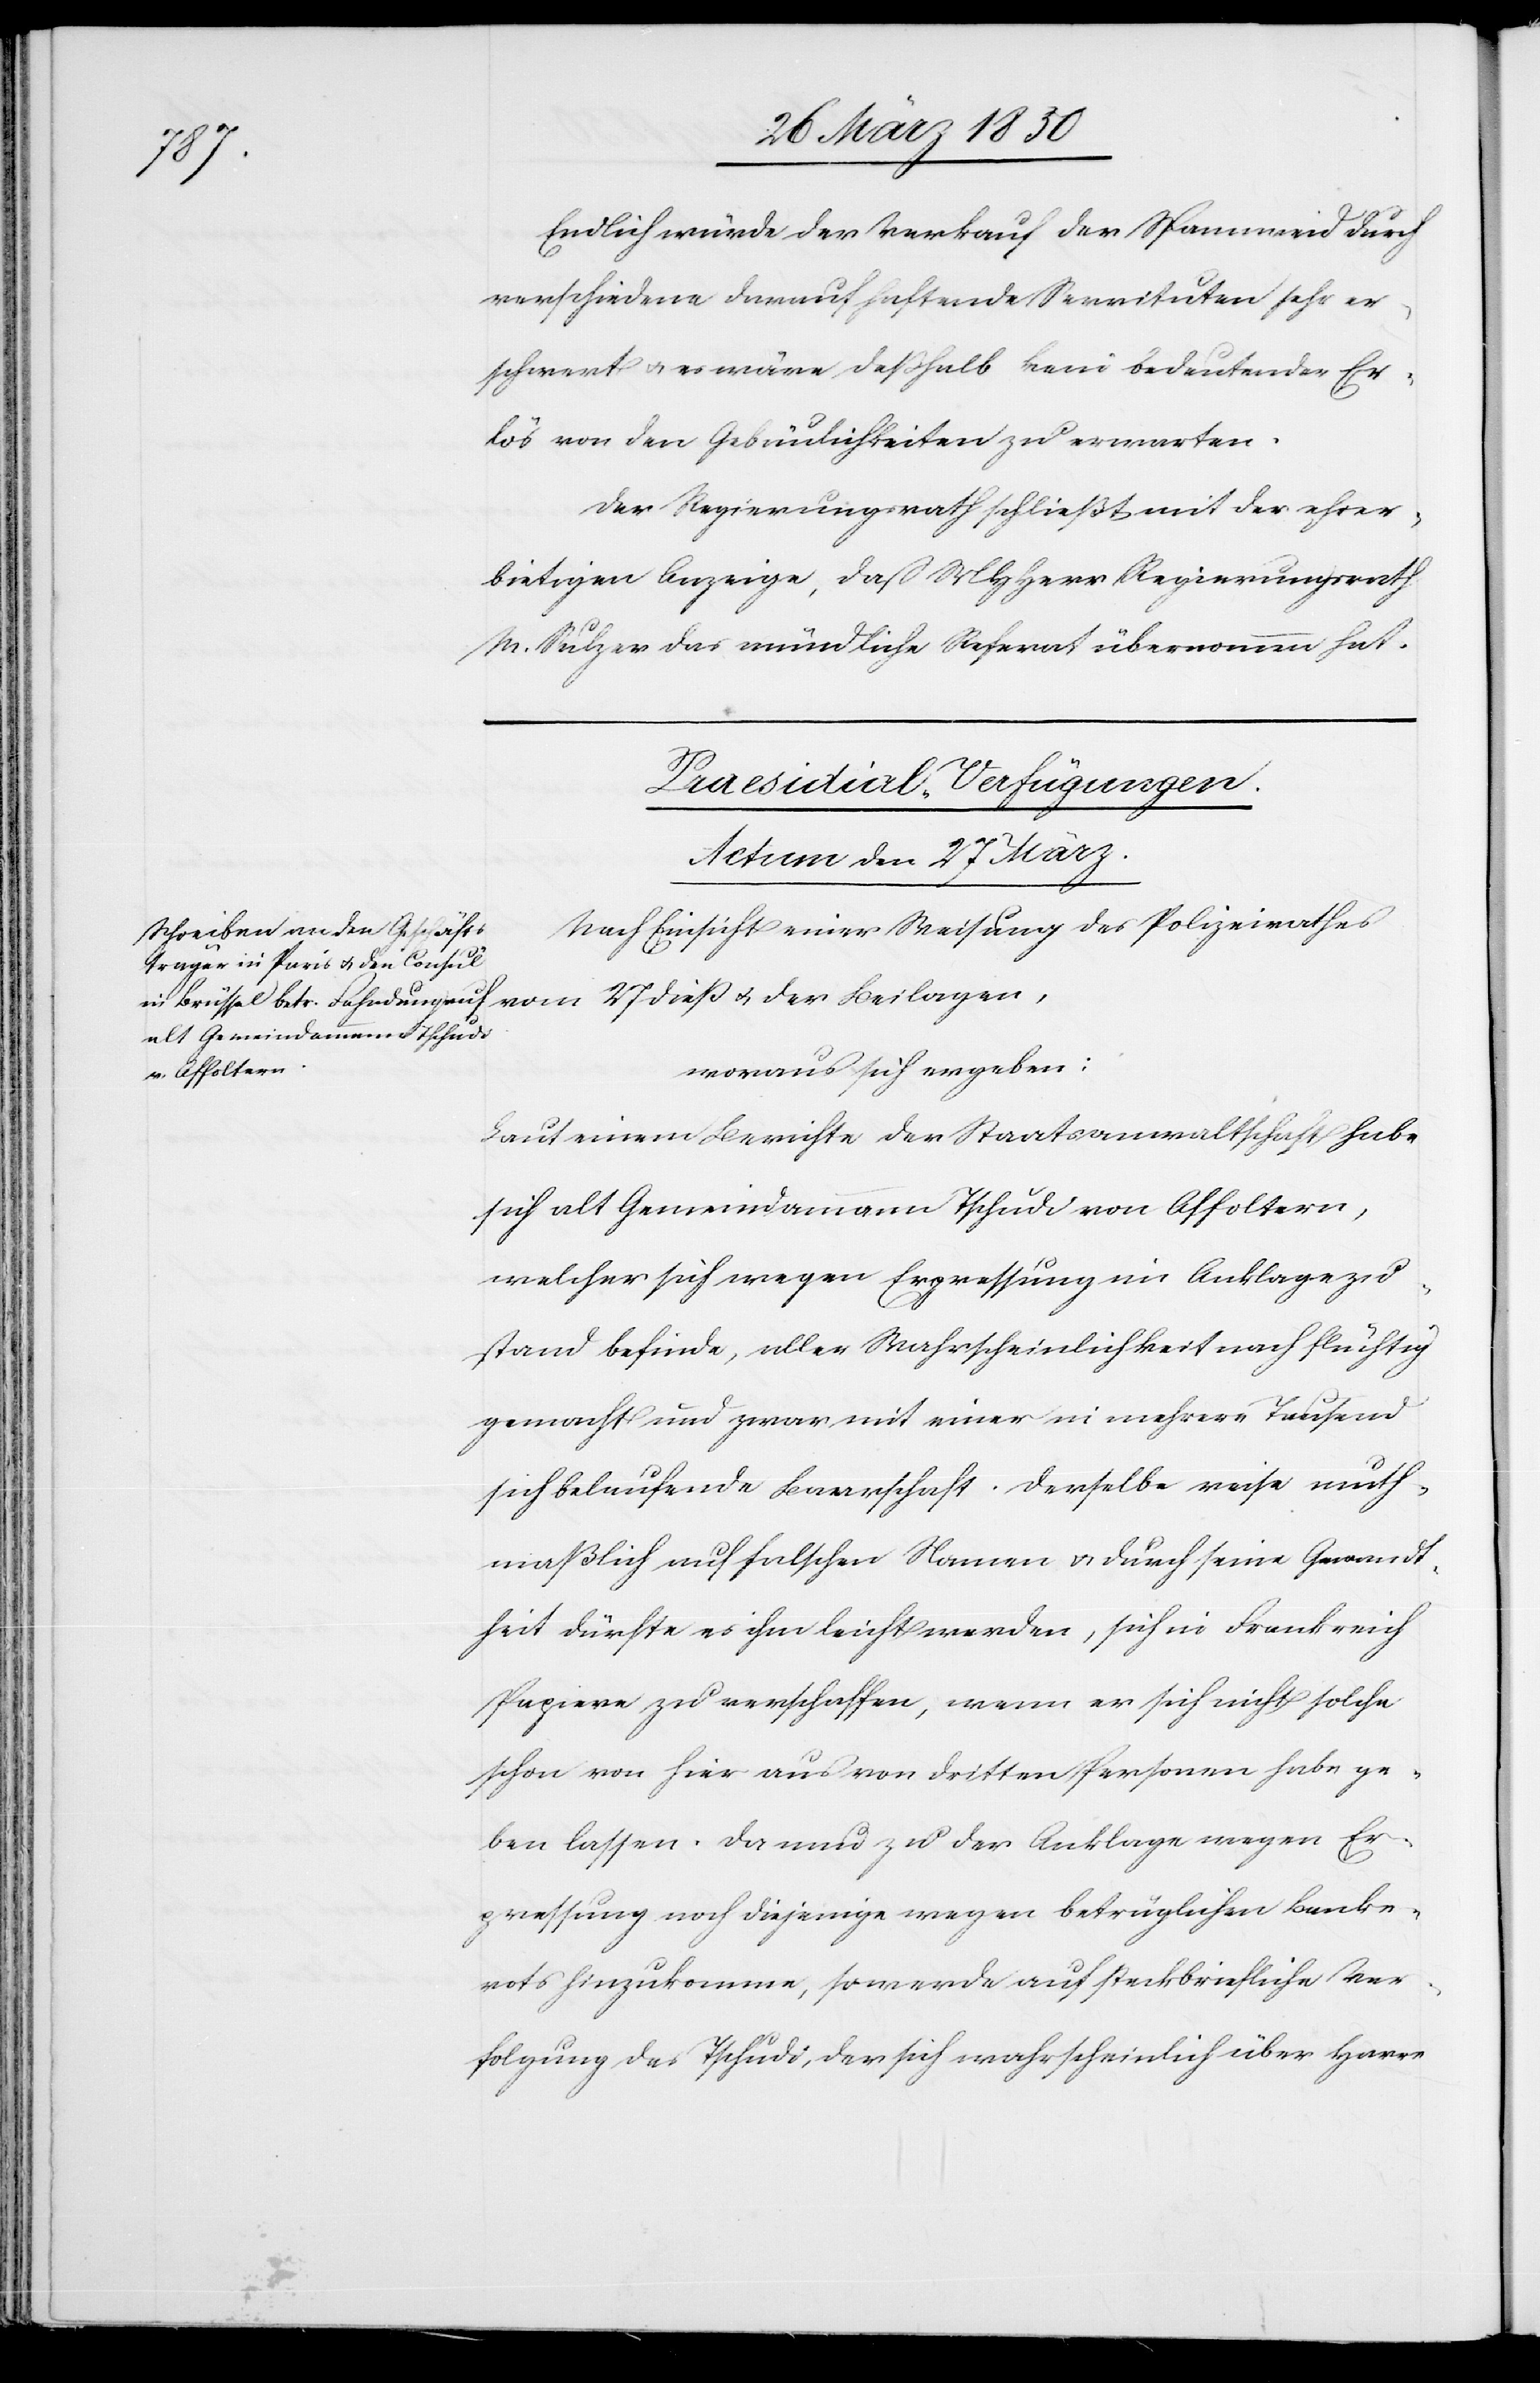
Endlich würde der Verkauf der Spannweid durch
verschiedene darauf haftende Servituten sehr er¬
schwert u. es wäre deßhalb kein bedeutender Er¬
lös von den Gebäulichkeiten zu erwarten.
Der Regierungsrath schließt mit der ehrer¬
bietigen Anzeige, daß MHHerr Regierungsrath
M Sulzer das mündliche Referat übernommen hat.
Praesidial-Verfügungen.
Actum den 27 März.
Nach Einsicht einer Weisung des Polizeirathes
woraus sich ergeben:
Laut einem Berichte der Staatsanwaltschaft habe
sich alt Gemeindammann Tschudi von Affoltern,
welcher sich wegen Erpressung im Anklagezu¬
stand befinde, aller Wahrscheinlichkeit nach flüchtig
gemacht und zwar mit einer in mehrere Tausend
sich belaufende Baarschaft. Derselbe reise muth¬
maßlich auf falschen Namen u. durch seine Gewandt¬
heit dürfte es ihm leicht werden, sich in Frankreich
Papiere zu verschaffen, wenn er sich nicht solche
schon von hier aus von dritten Personen habe ge¬
ben lassen. Da nun zu der Anklage wegen Er¬
pressung noch diejenige wegen betrüglichen Banke¬
rots hinzukomme, so werde auf steckbriefliche Ver¬
folgung des Tschudi, der sich wahrscheinlich über Havre